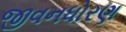
જીવનધોરણ